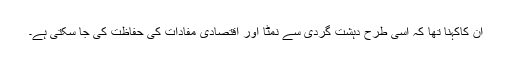
ان کاکہنا تھا کہ اسی طرح دہشت گردی سے نمٹا اور اقتصادی مفادات کی حفاظت کی جا سکتی ہے۔